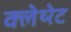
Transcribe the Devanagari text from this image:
क्लेथ्‍रेट